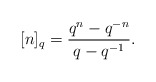
\begin{align*} [n]_{q}=\frac{q^{n}-q^{-n}}{q-q^{-1}}.\end{align*}